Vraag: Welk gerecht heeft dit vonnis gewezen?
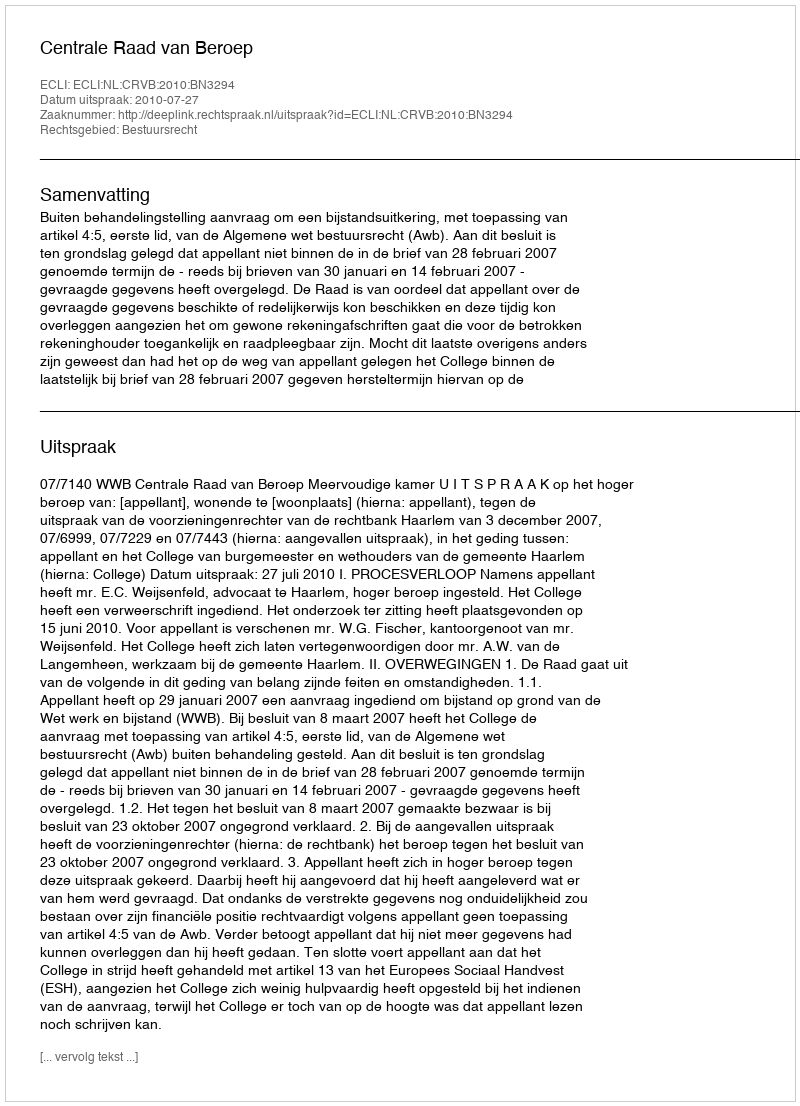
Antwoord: Centrale Raad van Beroep